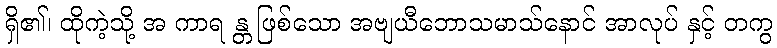
ရှိ၏၊ ထိုကဲ့သို့ အ ကာရ န္တ ဖြစ်သော အဗျယီဘောသမာသ်နောင် အာလုပ် နှင့် တကွ